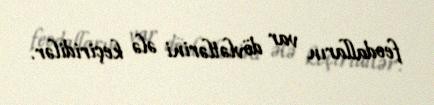
feodalların var dövlətlərini ələ keçiridilər.